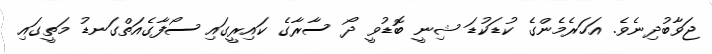
ޖަވާބުދިނެވެ. އަހަރެމެންގެ ކުޑަކުޑަ ޝިނީ ބޮޑުވީ ދޯ ސާރާގެ ކައިރީގައި ސޯފާގެއަތްގަނޑު މަތީގައި